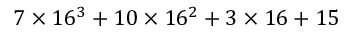
7 \times 1 6 ^ { 3 } + 1 0 \times 1 6 ^ { 2 } + 3 \times 1 6 + 1 5